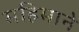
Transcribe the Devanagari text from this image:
महिमाने